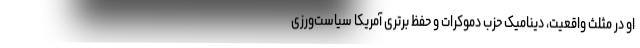
او در مثلثِ واقعیت، دینامیک حزبِ دموکرات و حفظ برتری آمریکا سیاست‌ورزی